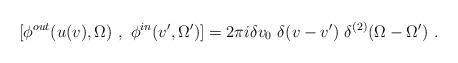
LaTeX: \begin{align*}~[\phi^{out}(u(v), \Omega)~,~\phi^{in}(v', \Omega')]=2 \pi i\delta v_{0}~\delta(v-v')~\delta^{(2)}(\Omega - \Omega')~. \end{align*}